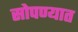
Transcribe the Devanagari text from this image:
सोपण्यात